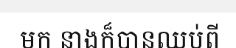
មក នាងក៏បានឈប់ពី